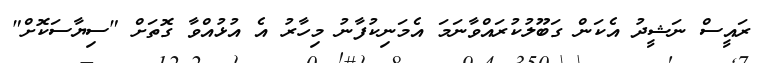
ރައީސް ނަޝީދު އެކަން ގަބޫލުކުރައްވާނަމަ އެމަނިކުފާނު މިހާރު އެ އުޅުއްވާ ގޮތަށް "ސިޔާސަކޮށް"